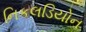
નિકલડિયોન